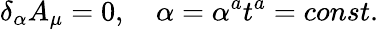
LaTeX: \delta_{\alpha}A_{\mu}=0,\quad\alpha=\alpha^{a}t^{a}=const.